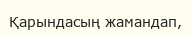
Қарындасың жамандап,